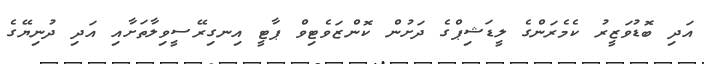
އަދި ބޮޑުވަޒީރު ކެމެރަންގެ ލީޑަޝިޕްގެ ދަށުން ކޮންޒަވެޓިވް ޕާޓީ އިނގިރޭސީވިލާތަށާއި އަދި ދުނިޔޭގެ